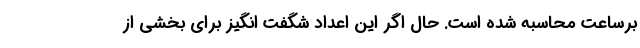
برساعت محاسبه شده است. حال اگر این اعداد شگفت انگیز برای بخشی از